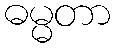
ဓမ္မတာ